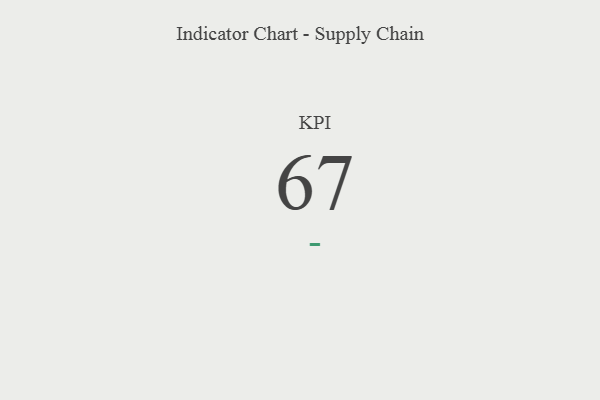
{"axis": {"x": "KPI", "y": "Value"}, "legend": [""], "data": [{"x": "KPI", "y": 67, "type": ""}]}